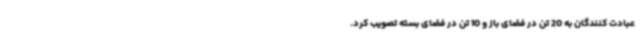
عبادت کنندگان به 20 تن در فضای باز و 10 تن در فضای بسته تصویب کرد.